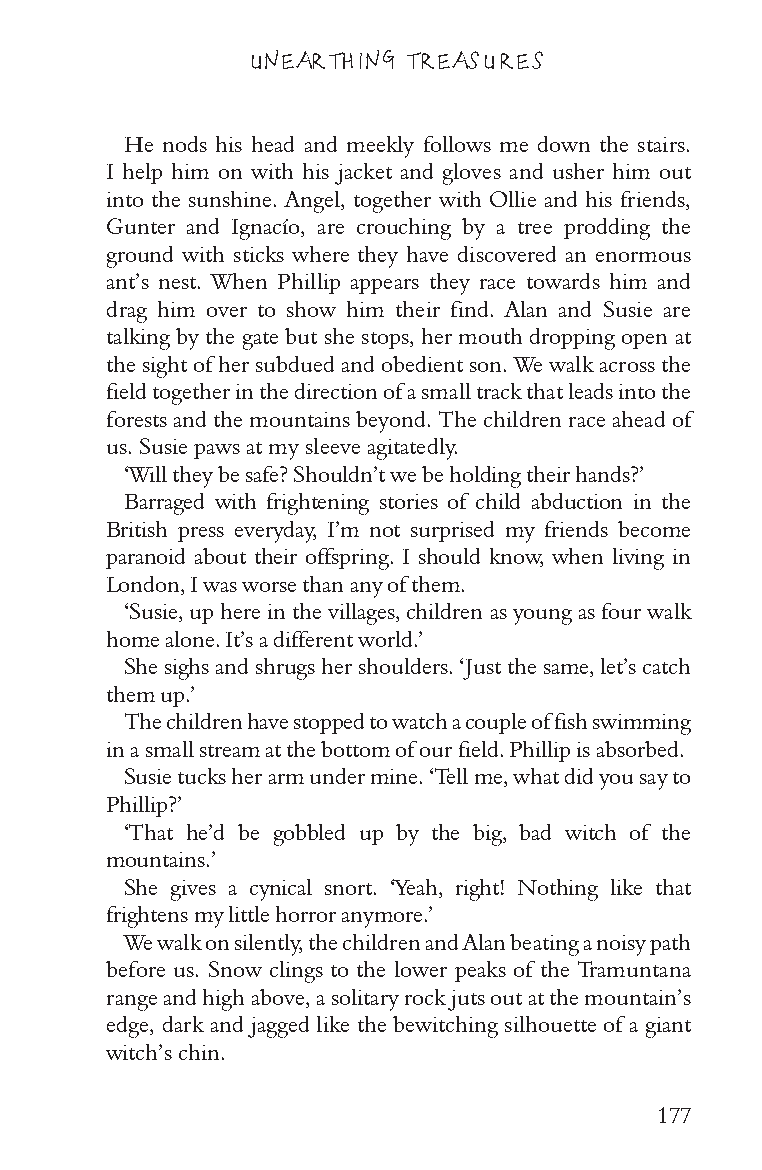
UNEARTHING TREASURES
 He nods his head and meekly follows me down the stairs.
 I help him on with his jacket and gloves and usher him out
 into the sunshine. Angel, together with Ollie and his friends,
 Gunter and Ignacío, are crouching by a tree prodding the
 ground with sticks where they have discovered an enormous
 ant’s nest. When Phillip appears they race towards him and
 drag him over to show him their find. Alan and Susie are
 talking by the gate but she stops, her mouth dropping open at
 the sight of her subdued and obedient son. We walk across the
 field together in the direction of a small track that leads into the
 forests and the mountains beyond. The children race ahead of
 us. Susie paws at my sleeve agitatedly.
 ‘Will they be safe? Shouldn’t we be holding their hands?’
 Barraged with frightening stories of child abduction in the
 British press everyday, I’m not surprised my friends become
 paranoid about their offspring. I should know, when living in
 London, I was worse than any of them.
 ‘Susie, up here in the villages, children as young as four walk
 home alone. It’s a different world.’
 She sighs and shrugs her shoulders. ‘Just the same, let’s catch
 them up.’
 The children have stopped to watch a couple of fish swimming
 in a small stream at the bottom of our field. Phillip is absorbed.
 Susie tucks her arm under mine. ‘Tell me, what did you say to
 Phillip?’
 ‘That he’d be gobbled up by the big, bad witch of the
 mountains.’
 She gives a cynical snort. ‘Yeah, right! Nothing like that
 frightens my little horror anymore.’
 We walk on silently, the children and Alan beating a noisy path
 before us. Snow clings to the lower peaks of the Tramuntana
 range and high above, a solitary rock juts out at the mountain’s
 edge, dark and jagged like the bewitching silhouette of a giant
 witch’s chin.
 177